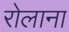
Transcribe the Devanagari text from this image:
रोलाना